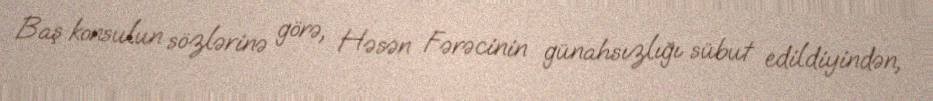
Baş konsulun sözlərinə görə, Həsən Fərəcinin günahsızlığı sübut edildiyindən,